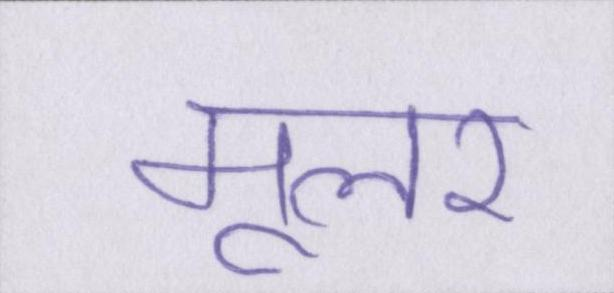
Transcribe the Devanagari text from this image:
मूलर